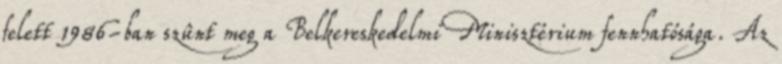
felett 1986-ban szûnt meg a Belkereskedelmi Minisztérium fennhatósága. Az